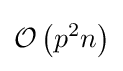
{\mathcal {O}}\left(p^{2}n\right)